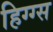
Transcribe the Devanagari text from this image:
हिग्ग्स